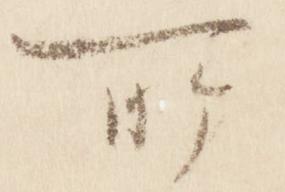
所